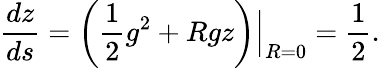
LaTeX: \frac{dz}{ds}=\Bigl.\left(\frac{1}{2}g^{2}+Rgz\right)\Bigr|_{R=0}=\frac{1}{2}.